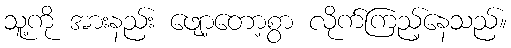
သူ့ကို အားနည်း ဖျော့တော့စွာ လိုက်ကြည့်နေသည်။